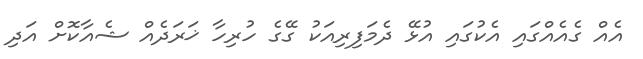
އެއް ގެއެއްގައި އެކުގައި އުޅޭ ދެމަފިރިއަކު ގޭގެ ހުރިހާ ޚަރަދެއް ޝެއާކޮށް އަދި